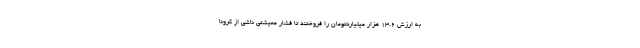
به ارزش ۱۳.۶ هزار میلیاردتومان را فروختند تا فشار معیشتی ناشی از کرونا